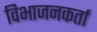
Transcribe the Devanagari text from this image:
विभाजनकर्ता